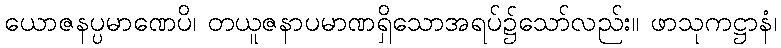
ယောဇနပ္ပမာဏေပိ၊ တယူဇနာပမာဏရှိသောအရပ်၌သော်လည်း။ ဖာသုကဋ္ဌာနံ၊